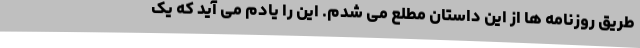
طریق روزنامه ها از این داستان مطلع می شدم. این را یادم می آید که یک